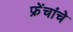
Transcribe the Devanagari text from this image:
फ्रेंचांचे